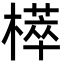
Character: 㯜